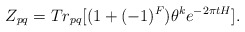
\begin{align*}Z_{pq}=Tr_{pq}[(1 + (-1)^F)\theta^ke^{-2\pi t H}].\end{align*}